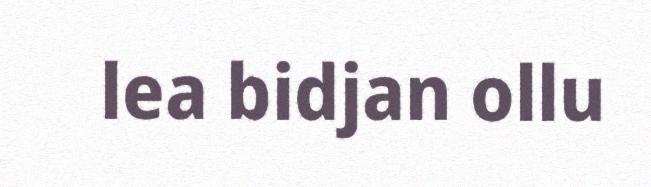
lea bidjan ollu